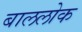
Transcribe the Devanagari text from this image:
बाललोक